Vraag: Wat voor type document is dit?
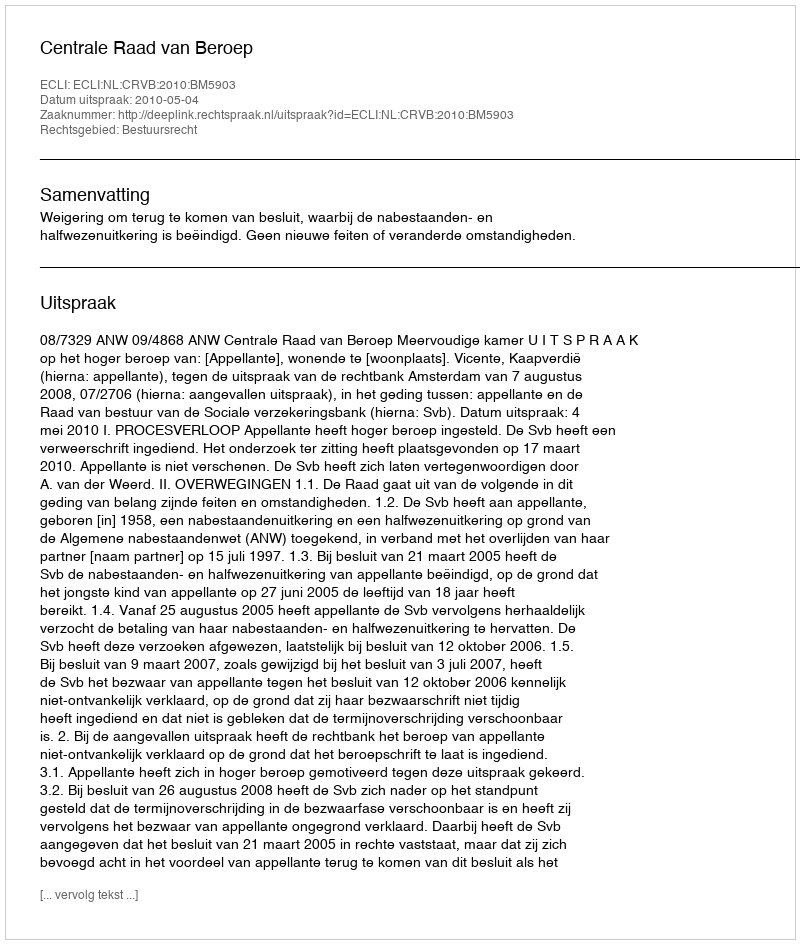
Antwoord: Uitspraak